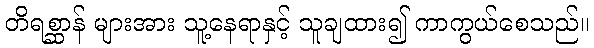
တိရစ္ဆာန် များအား သူ့နေရာနှင့် သူချထား၍ ကာကွယ်စေသည်။